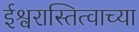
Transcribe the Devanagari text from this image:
ईश्वरास्तित्वाच्या